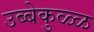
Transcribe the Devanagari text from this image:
उब्बेकुळ्ळ